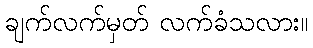
ချက်လက်မှတ် လက်ခံသလား။